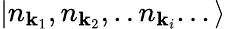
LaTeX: |n_{{\mathbf{k}}_{1}},n_{{\mathbf{k}}_{2}},..n_{{\mathbf{k}}_{i}}...\rangle